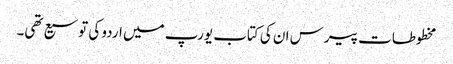
مخطوطات پیرس ان کی کتاب یورپ میں اردو کی توسیع تھی۔